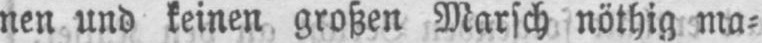
nen und keinen großen Marsch nöthig ma⸗